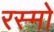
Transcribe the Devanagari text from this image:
रस्मो